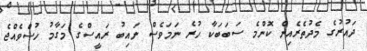
ދައުރުގެ މެދުތެރެއިން ކޮންމެ ސަބަބަކާ ހުރެ ނަމަވެސް ނައިބު ރައީސްގެ މަގާމު ހުސްވެއްޖެ